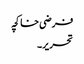
فرضی خاکچہ
تحریر۔